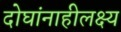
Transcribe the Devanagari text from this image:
दोघांनाहीलक्ष्य